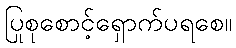
ပြုစုစောင့်ရှောက်ပရစေ။